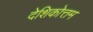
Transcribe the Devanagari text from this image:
देशिकोत्तम